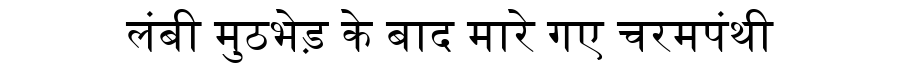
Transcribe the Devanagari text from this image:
लंबी मुठभेड़ के बाद मारे गए चरमपंथी